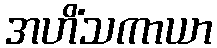
အဟိံသကာယာ